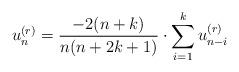
LaTeX: \begin{align*}u_n^{(r)}=\frac{-2(n+k)}{n(n+2k+1)}\cdot \sum_{i=1}^k u_{n-i}^{(r)}\end{align*}